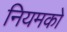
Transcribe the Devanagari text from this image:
नियमको